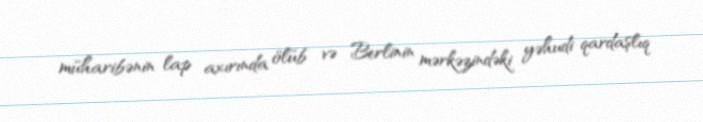
müharibənin lap axırında ölüb və Berlinin mərkəzindəki yəhudi qardaşlıq